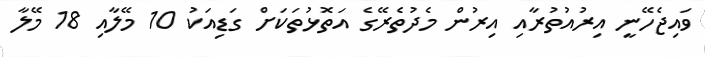
ވައިޖެހޭނީ އިރުއުތުރާއި އިރުން މެދުތެރޭގެ އަތޮޅުތަކަށް ގަޑިއަކު 10 މޭލާއި 18 މޭލާ